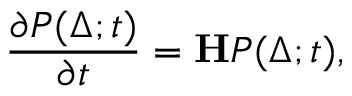
\frac { \partial P ( \Delta ; t ) } { \partial t } = \mathbf { H } P ( \Delta ; t ) ,